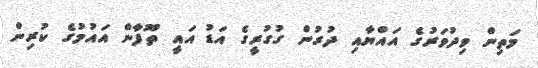
މަތިން ވިދުވަރުގެ އައްޔާއި ދުރުން ގުގުރީގެ އަޑު އައީ ތޫފާން އައުމުގެ ކުރިން